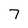
Character: 7